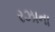
રઝાના